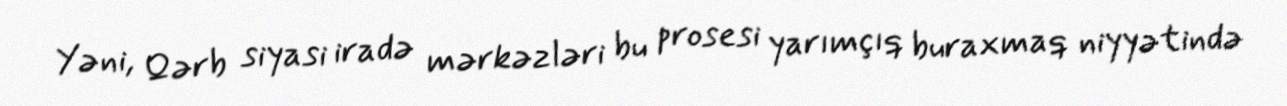
Yəni, Qərb siyasi iradə mərkəzləri bu prosesi yarımçıq buraxmaq niyyətində